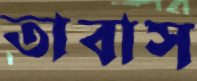
তাবাস